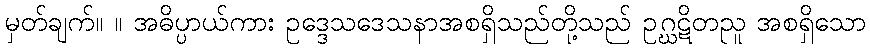
မှတ်ချက်။ ။ အဓိပ္ပာယ်ကား ဥဒ္ဒေသဒေသနာအစရှိသည်တို့သည် ဥဂ္ဃဋိတညူ အစရှိသော